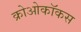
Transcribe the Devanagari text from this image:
क्रोओकॉकस